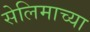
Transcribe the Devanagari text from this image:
सेलिमाच्या